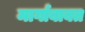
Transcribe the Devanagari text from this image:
मार्गाबाबत